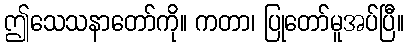
ဤသေသနာတော်ကို။ ကတာ၊ ပြုတော်မူအပ်ပြီ။